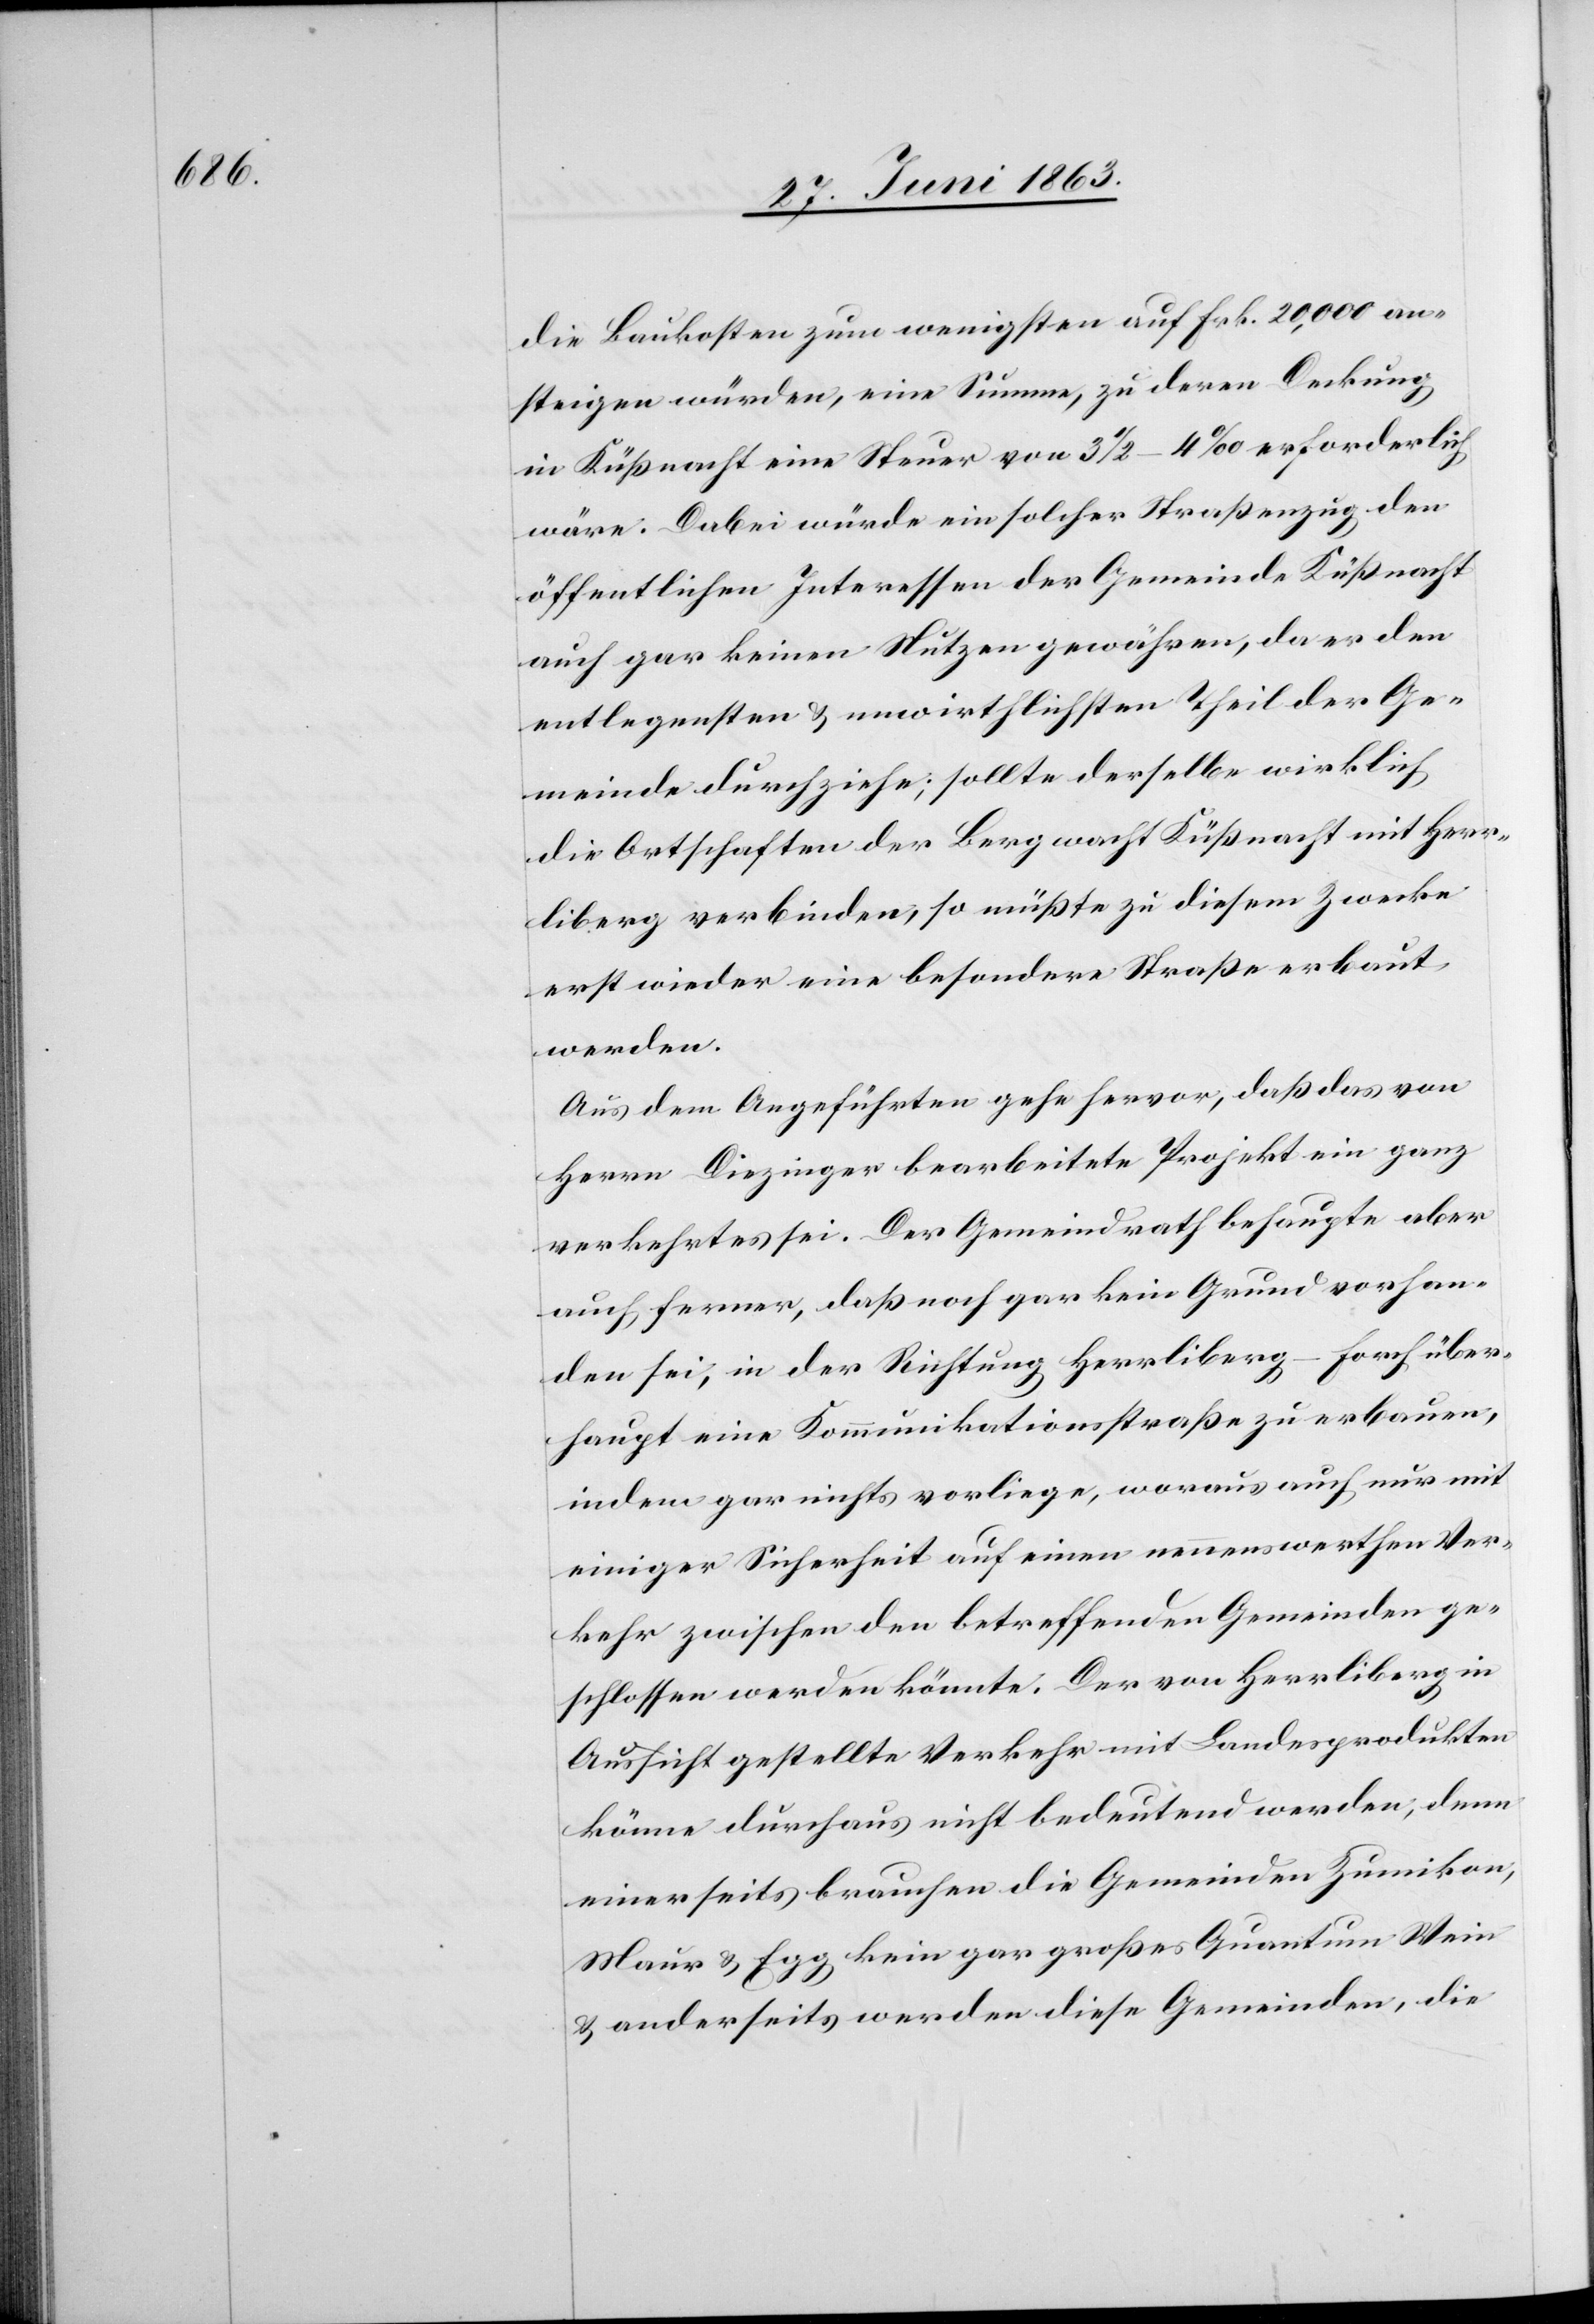
die Baukosten zum wenigsten auf Frk. 20,000 an¬
steigen würden, eine Summe, zu deren Deckung
in Küßnacht eine Steuer von 3 1/2–4‰ erforderlich
wäre. Dabei würde ein solcher Straßenzug den
öffentlichen Interessen der Gemeinde Küßnacht
auch gar keinen Nutzen gewähren, da er den
entlegensten & unwirthlichsten Theil der Ge¬
meinde durchziehe; sollte derselbe wirklich
die Ortschaften der Bergwacht Küßnacht mit Herr¬
liberg verbinden, so müßte zu diesem Zwecke
erst wieder eine besondere Straße erbaut
werden.
Aus dem Angeführten gehe hervor, daß das von
Herrn Diezinger bearbeitete Projekt ein ganz
verkehrtes sei. Der Gemeindrath behaupte aber
auch ferner, daß noch gar kein Grund vorhan¬
den sei, in der Richtung Herrliberg–Forch über¬
haupt eine Kommunikationsstraße zu erbauen,
indem gar nichts vorliege, woraus auch nur mit
einiger Sicherheit auf einen nennenswerthen Ver¬
kehr zwischen den betreffenden Gemeinden ge¬
schlossen werden könnte. Der von Herrliberg in
Aussicht gestellte Verkehr mit Landesprodukten
könne durchaus nicht bedeutend werden, denn
einerseits brauchen die Gemeinden Zumikon,
Maur & Egg kein gar großes Quantum Wein
& anderseits werden diese Gemeinden, die